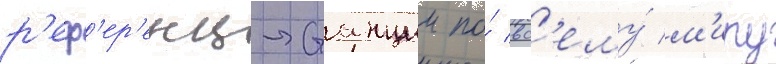
р'еф'ер'енц-станции по́ вс'ему́ м'иру